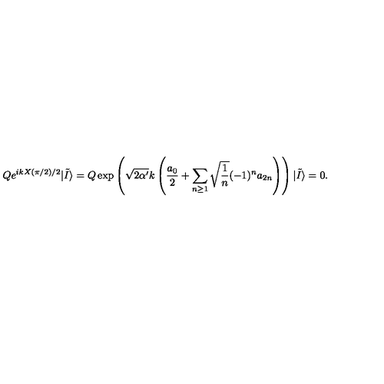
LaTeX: Q e ^ { i k X ( \pi / 2 ) / 2 } | \tilde { I } \rangle = Q \exp \left( \sqrt { 2 \alpha ^ { \prime } } k \left( { \frac { a _ { 0 } } { 2 } } + \sum _ { n \ge 1 } \sqrt { { \frac { 1 } { n } } } ( - 1 ) ^ { n } a _ { 2 n } \right) \right) | \tilde { I } \rangle = 0 .